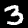
Label: 3